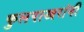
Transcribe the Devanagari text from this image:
फुलपाखरांनी